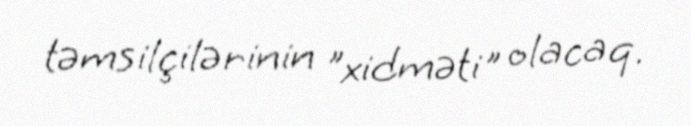
təmsilçilərinin "xidməti" olacaq.